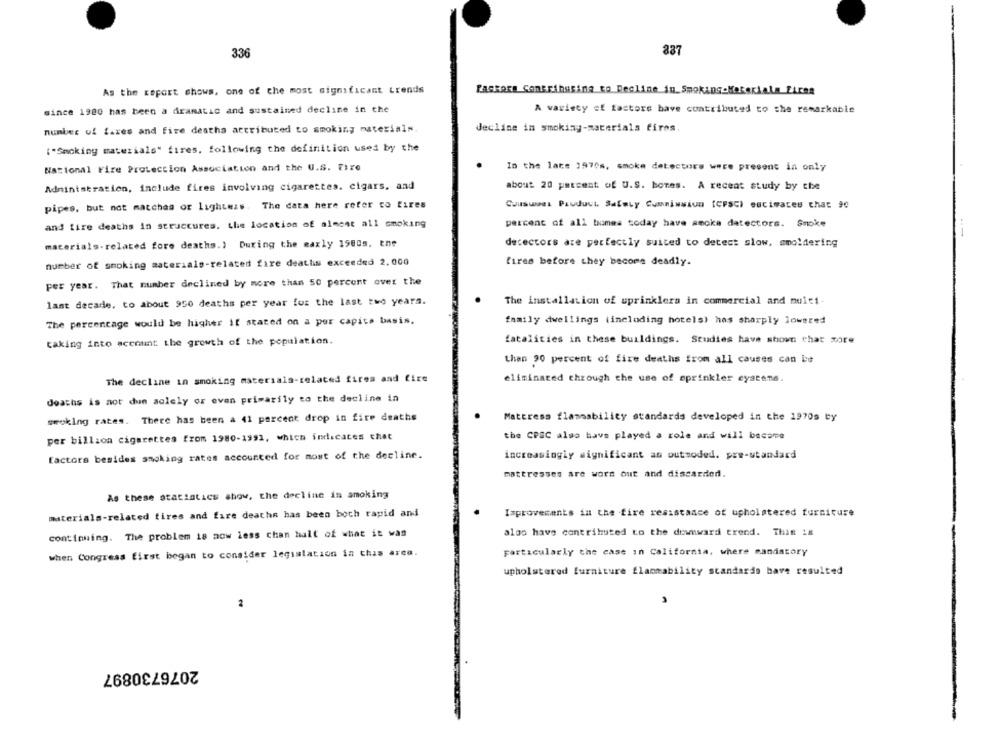
837
336
As the report shows, one of the most significant trends
Packers Contribssina to Decline in_Smoking-Materiale ELEen
since 1980 has been a dramatic and sustained decline in the
A variety of Lastore have contributed to the remarkable
decline in smoking-materials fires
number of fares and fire deatha attributed to smoking materials.
("Smoking materials" fires, following the definition used by the
National Fire Protection Association and the U.S. Fire
In the lace 1970s, smoke detectors were present in only
Administration, include fires involving cigarettes. cigars, and
about 20 percent of U.S. bores. A recent study by the
pipes. but not matchas of lightess. The data here refer to tires
Cousweet Pauduut. Safety Commission (CPSC) eacimaces that 90
and tire deaths in structures. the location of almost all smoking
percent of all bumms today have smoke detectors. Smoke
materials-related fore deaths.) During the maxly 1980s. ene
detectors are perfectly suited to detect slow, smoldering
number of smoking materials-related fire deaths exceeded 2.000
fires before they become deadly.
per year. That number declined by more than 50 percent over the
last decade, to about 950 deaths per year for the last two years.
The installation of sprinklers in commercial and multi-
The percentage would be higher it stated on a per capita basis.
family dwellings (including hotels) has sharply lowered
taking into sconunt the growth of the population.
fatalities in these buildings. Studies have shown that xore
than 90 percent of fire deaths from all causes can be
The decline in smoking materials-related fires and fire
eliminated through the use of sprinkler cystens.
deaths is not dun solely or even primarily to the decline in
smoking rates. There has been a 41 percent drop in fire deaths
Mattress flammability standards developed in the 1970s by
per billion cigarettes from 1980-1992, which indicates that
the CPSC also have played a role and will become
factors besides smoking rates accounted for most of the decline.
increasingly significant as outsoded. pre-standard
mattresses are word out and discarded.
As these statistics show, the decline in smoking
materials-related tires and fare deaths has been both rapid and
Improvements in the fire resistance of upholstered furniture
continuing. The problem 18 now less chan hall of what it was
also have contributed to the downward trend. This is
when Congress first began to consider legislation in this area.
particularly the case in California, where mandatory
upholstered furniture flammability standards have resulted
2076730897